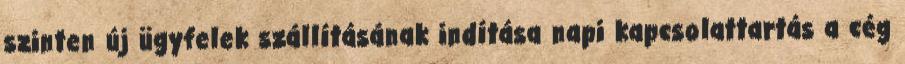
szinten új ügyfelek szállításának indítása napi kapcsolattartás a cég